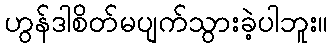
ဟွန်ဒါစိတ်မပျက်သွားခဲ့ပါဘူး။